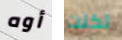
أوه لكنت